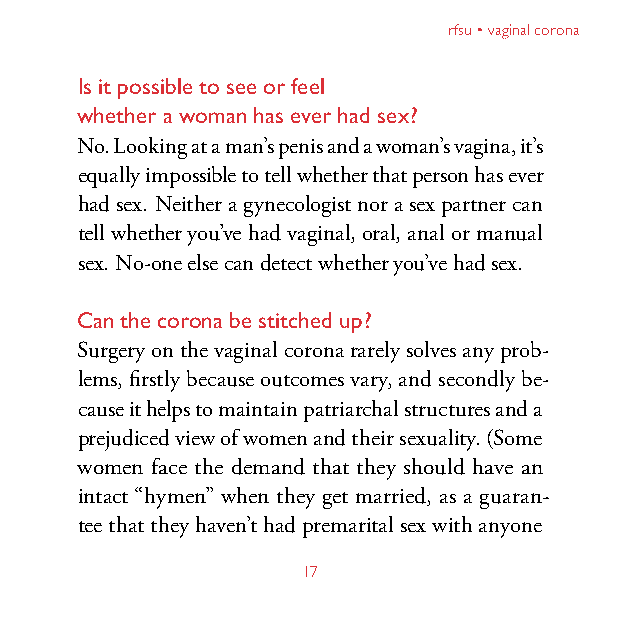
rfsu • vaginal corona
 Is it possible to see or feel
 whether a woman has ever had sex?
 No. Looking at a man’s penis and a woman’s vagina, it’s
 equally impossible to tell whether that person has ever
 had sex. Neither a gynecologist nor a sex partner can
 tell whether you’ve had vaginal, oral, anal or manual
 sex. No-one else can detect whether you’ve had sex.
 Can the corona be stitched up?
 Surgery on the vaginal corona rarely solves any prob-
 lems, firstly because outcomes vary, and secondly be-
 cause it helps to maintain patriarchal structures and a
 prejudiced view of women and their sexuality. (Some
 women face the demand that they should have an
 intact “hymen” when they get married, as a guaran-
 tee that they haven’t had premarital sex with anyone
 17